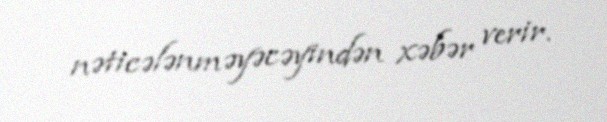
nəticələnməyəcəyindən xəbər verir.